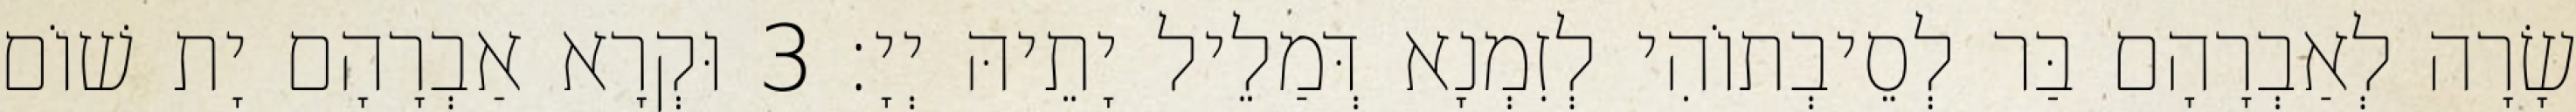
שָׂרָה לְאַבְרָהָם בַּר לְסֵיבְתוֹהִי לְזִמְנָא דְּמַלֵיל יָתֵיהּ יְיָ׃ 3 וּקְרָא אַבְרָהָם יָת שׁוֹם